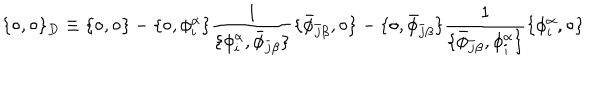
LaTeX: \{ \circ , \circ \} _ { D } \equiv \{ \circ , \circ \} - \{ \circ , \phi _ { i } ^ { \alpha } \} \frac { 1 } { \{ \phi _ { i } ^ { \alpha } , \bar { \phi } _ { \bar { j } \beta } \} } \{ \bar { \phi } _ { \bar { j } \beta } , \circ \} - \{ \circ , \bar { \phi } _ { \bar { j } \beta } \} \frac { 1 } { \{ \bar { \phi } _ { \bar { j } \beta } , \phi _ { i } ^ { \alpha } \} } \{ \phi _ { i } ^ { \alpha } , \circ \}